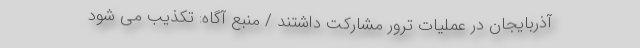
آذربایجان در عملیات ترور مشارکت داشتند / منبع آگاه: تکذیب می شود